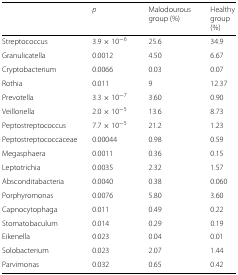
<table><thead><tr><td></td><td><b><i>p</i></b></td><td><b>Malodourous group (%)</b></td><td><b>Healthy group (%)</b></td></tr></thead><tbody><tr><td>Streptococcus</td><td>3.9×10<sup>−6</sup></td><td>25.6</td><td>34.9</td></tr><tr><td>Granulicatella</td><td>0.0012</td><td>4.50</td><td>6.67</td></tr><tr><td>Cryptobacterium</td><td>0.0066</td><td>0.03</td><td>0.07</td></tr><tr><td>Rothia</td><td>0.011</td><td>9</td><td>12.37</td></tr><tr><td>Prevotella</td><td>3.3×10<sup>−7</sup></td><td>3.60</td><td>0.90</td></tr><tr><td>Veillonella</td><td>2.0×10<sup>−5</sup></td><td>13.6</td><td>8.73</td></tr><tr><td>Peptostreptococcus</td><td>7.7×10<sup>−5</sup></td><td>21.2</td><td>1.23</td></tr><tr><td>Peptostreptococcaceae</td><td>0.00044</td><td>0.98</td><td>0.59</td></tr><tr><td>Megasphaera</td><td>0.0011</td><td>0.36</td><td>0.15</td></tr><tr><td>Leptotrichia</td><td>0.0035</td><td>2.32</td><td>1.57</td></tr><tr><td>Absconditabacteria</td><td>0.0040</td><td>0.38</td><td>0.060</td></tr><tr><td>Porphyromonas</td><td>0.0076</td><td>5.80</td><td>3.60</td></tr><tr><td>Capnocytophaga</td><td>0.011</td><td>0.49</td><td>0.22</td></tr><tr><td>Stomatobaculum</td><td>0.014</td><td>0.29</td><td>0.19</td></tr><tr><td>Eikenella</td><td>0.023</td><td>0.04</td><td>0.01</td></tr><tr><td>Solobacterium</td><td>0.023</td><td>2.07</td><td>1.44</td></tr><tr><td>Parvimonas</td><td>0.032</td><td>0.65</td><td>0.42</td></tr></tbody></table>